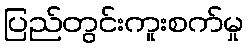
ပြည်တွင်းကူးစက်မှု